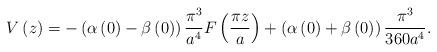
LaTeX: \begin{align*}V\left( z\right) =-\left( \alpha \left( 0\right) -\beta \left( 0\right)\right) \frac{\pi ^{3}}{a^{4}}F\left( \frac{\pi z}{a}\right) +\left( \alpha\left( 0\right) +\beta \left( 0\right) \right) \frac{\pi ^{3}}{360a^{4}}.\end{align*}